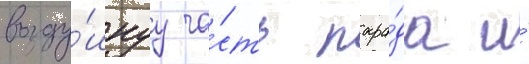
возду́шнуу ча́сть пара́да и́